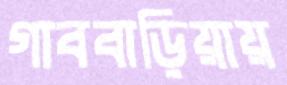
গাববাড়িয়ায়